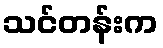
သင်တန်းက